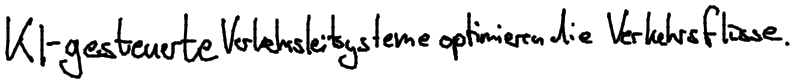
KI-gesteuerte Verkehrsleitsysteme optimieren die Verkehrsflüsse.